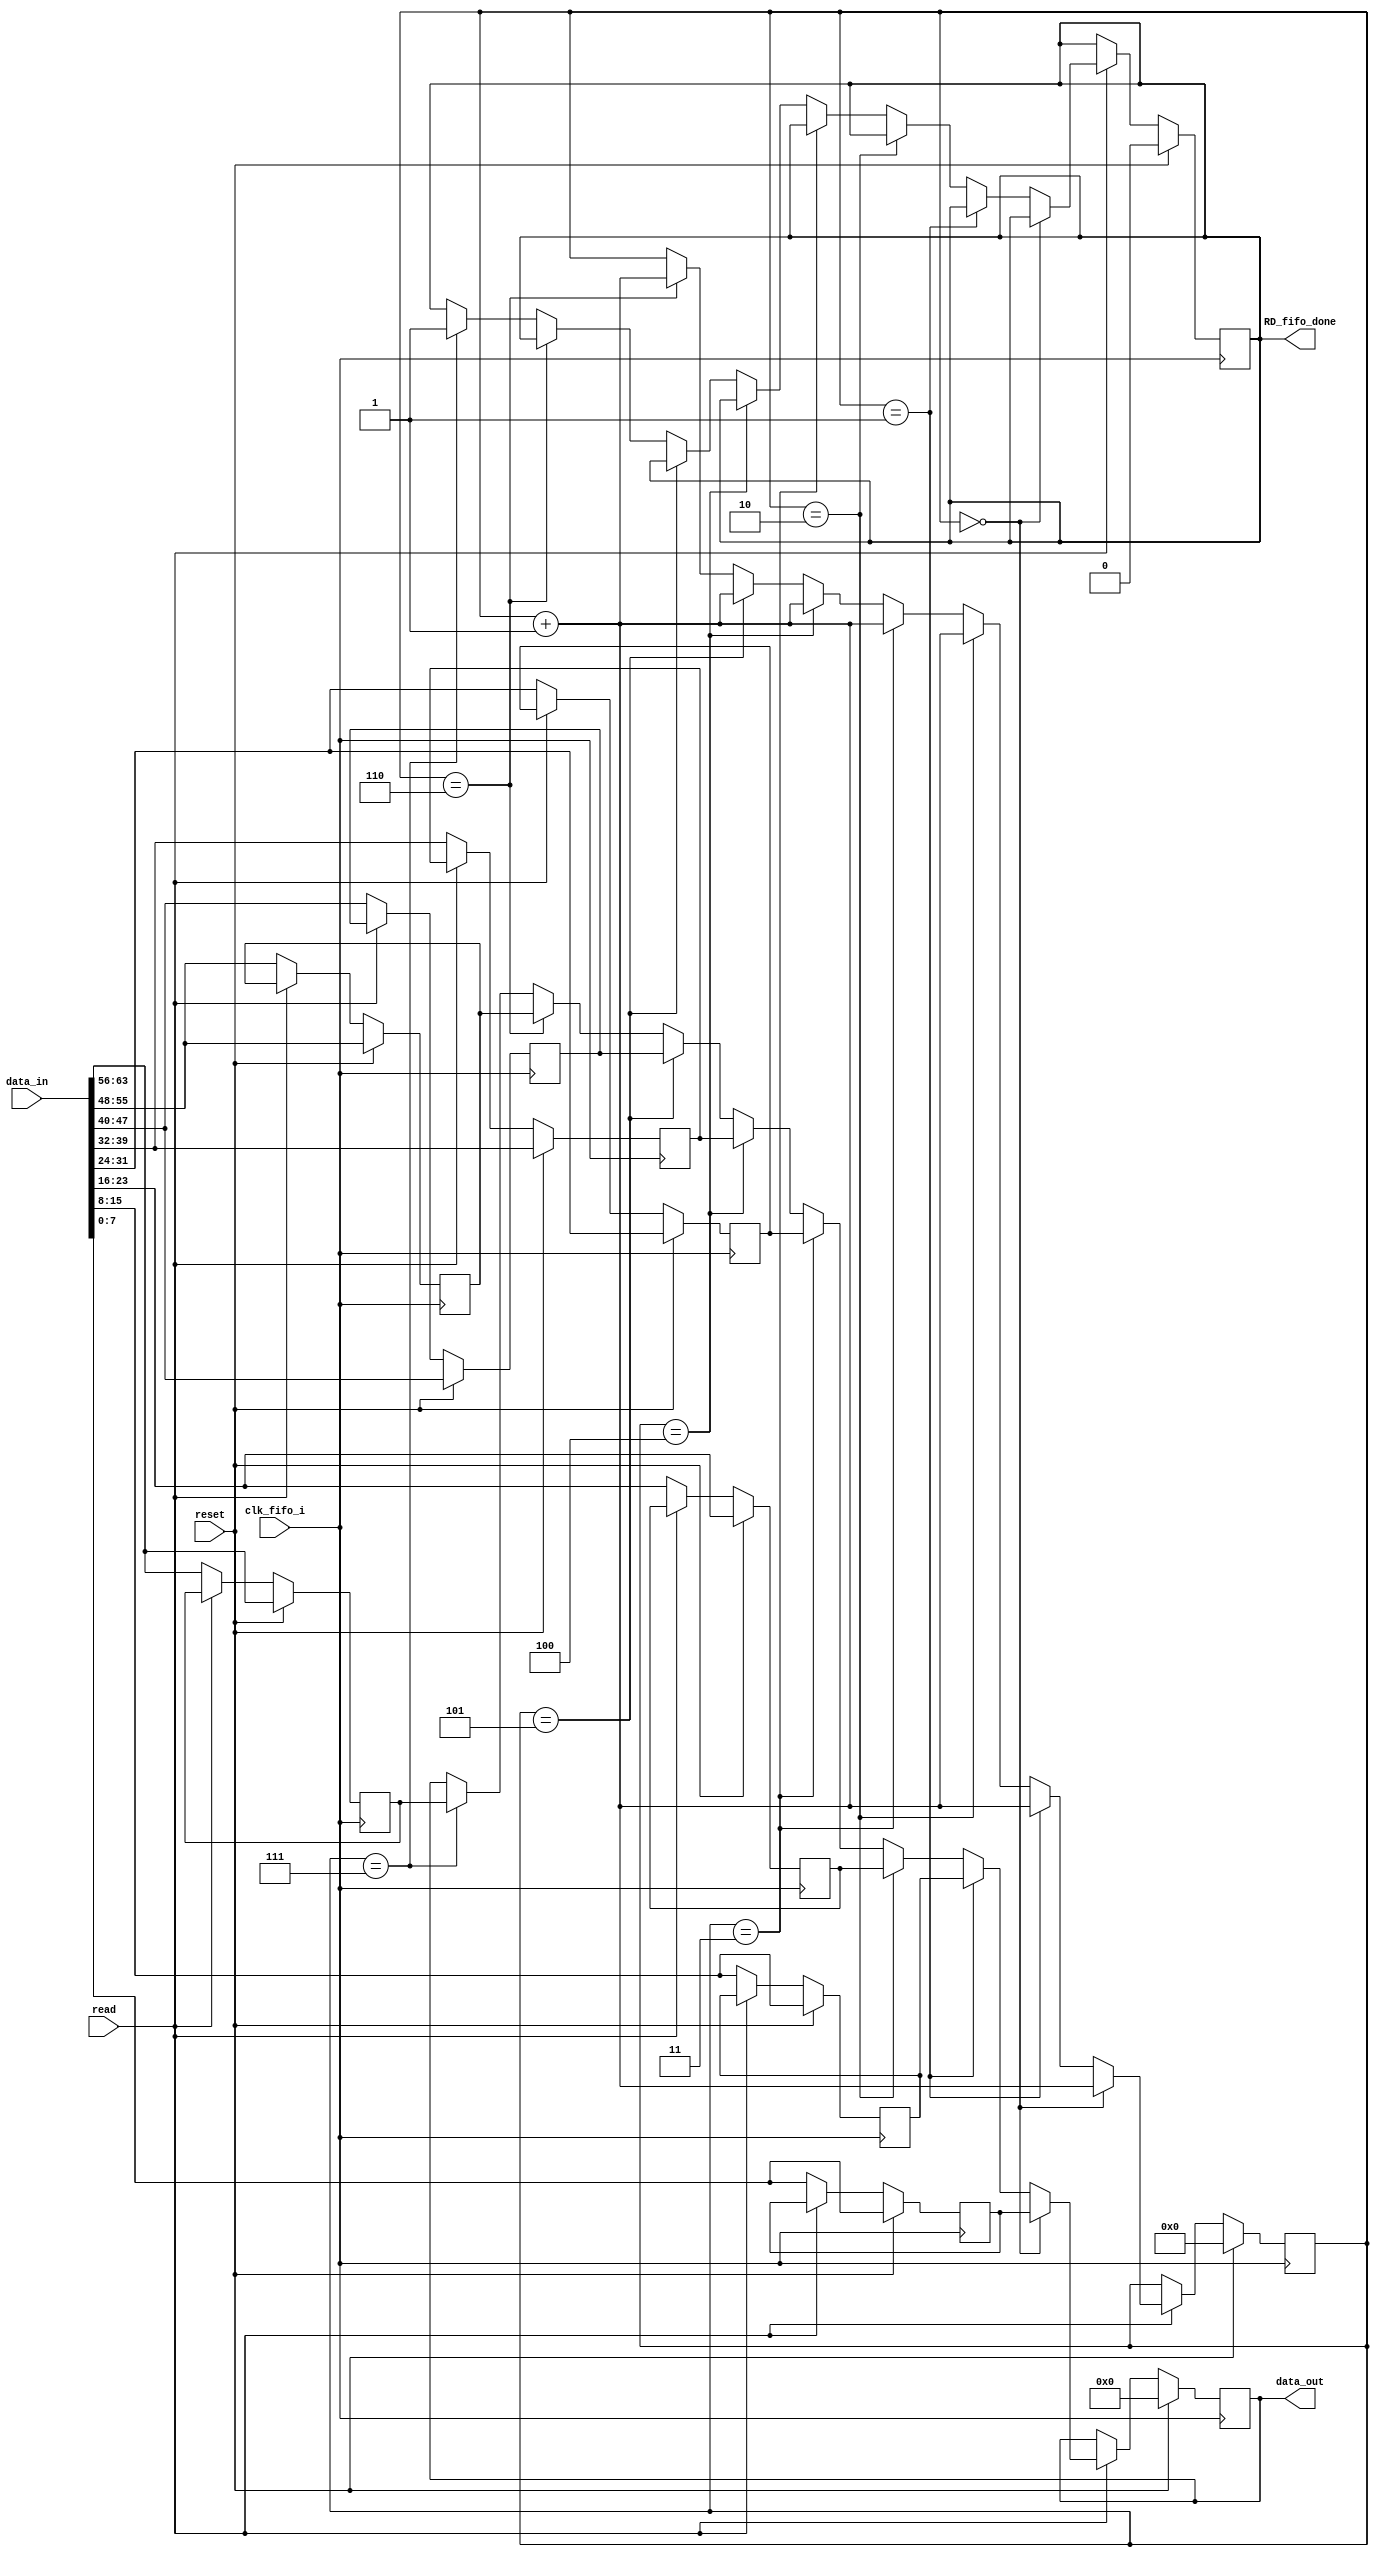
module fifo_read(clk_fifo_i, reset, read, data_in, RD_fifo_done, data_out);
input clk_fifo_i, reset, read;
input [63:0] data_in;
output RD_fifo_done;
output [7:0] data_out;

// 8 bytes
reg [7:0] fifo0;
reg [7:0] fifo1;
reg [7:0] fifo2;
reg [7:0] fifo3;
reg [7:0] fifo4;
reg [7:0] fifo5;
reg [7:0] fifo6;
reg [7:0] fifo7; 

reg [3:0] rdptr; // wirte-pointer

reg [7:0] data_out_temp;
reg RD_fifo_done_temp;

always @ (posedge clk_fifo_i)
	begin
		if (reset)
			begin
  				fifo0 = data_in[7:0];
				fifo1 = data_in[15:8];
				fifo2 = data_in[23:16];
				fifo3 = data_in[31:24];
				fifo4 = data_in[39:32];
				fifo5 = data_in[47:40];
				fifo6 = data_in[55:48];
				fifo7 = data_in[63:56];
	
				rdptr = 4'b0000;
				data_out_temp = 8'h00;
				RD_fifo_done_temp = 0;
			end
  		else
  			begin
  				if (read)
  					begin
  						if (rdptr == 4'b0000) //(rdptr == 4'b0000)//
  							begin
								data_out_temp <= fifo0; 
								rdptr <= rdptr + 1;
							end	
						else if (rdptr == 4'b0001) //(rdptr == 4'b0001)//
							begin               
								data_out_temp <= fifo1;
								rdptr <= rdptr + 1;
							end
						else if (rdptr == 4'b0010) //(rdptr == 4'b0010)//
							begin               
								data_out_temp <= fifo2;
								rdptr <= rdptr + 1;
							end
						else if (rdptr == 4'b0011) //(rdptr == 4'b0011)//
							begin               
								data_out_temp <= fifo3;
								rdptr <= rdptr + 1;
							end			
						else if (rdptr == 4'b0100) //(rdptr == 4'b0100)//
							begin               
								data_out_temp <= fifo4;
								rdptr <= rdptr + 1;
							end
						else if (rdptr == 4'b0101) //(rdptr == 4'b0101)//
							begin               
								data_out_temp <= fifo5;
								rdptr <= rdptr + 1;
							end
						else if (rdptr == 4'b0110) //(rdptr == 4'b0110)//
							begin
								data_out_temp <= fifo6;
								rdptr <= rdptr + 1;
							end
						else if (rdptr == 4'b0111) //(rdptr == 4'b0111)//
							begin               
								data_out_temp <= fifo7;
								RD_fifo_done_temp <= 1;
							end
						else //(rdptr == 4'b1000)
							begin
								rdptr <= rdptr;
								data_out_temp <= data_out_temp;		 			 
							end 
					end
				else
					begin
						fifo0 = data_in[7:0];
						fifo1 = data_in[15:8];
						fifo2 = data_in[23:16];
						fifo3 = data_in[31:24];
						fifo4 = data_in[39:32];
						fifo5 = data_in[47:40];
						fifo6 = data_in[55:48];
						fifo7 = data_in[63:56];	
					end
			end				 
	end 				 

assign RD_fifo_done = RD_fifo_done_temp;
assign data_out = data_out_temp;


endmodule